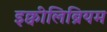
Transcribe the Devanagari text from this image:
इक्वीलिब्रियम